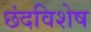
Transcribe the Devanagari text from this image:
छंदविशेष